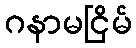
ဂနာမငြိမ်